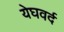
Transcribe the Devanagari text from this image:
येघवर्द